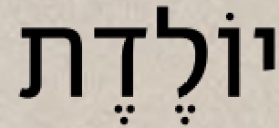
יוֹלֶדֶת